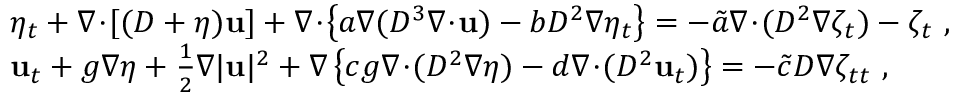
\begin{array} { r l } & { \eta _ { t } + \nabla \! \cdot \! [ ( D + \eta ) \mathbf { u } ] + \nabla \! \cdot \! \left\{ a \nabla ( D ^ { 3 } \nabla \! \cdot \! \mathbf { u } ) - b D ^ { 2 } \nabla \eta _ { t } \right\} = - \tilde { a } \nabla \! \cdot \! ( D ^ { 2 } \nabla \zeta _ { t } ) - \zeta _ { t } \ , } \\ & { \mathbf { u } _ { t } + g \nabla \eta + \frac { 1 } { 2 } \nabla | \mathbf { u } | ^ { 2 } + \nabla \left\{ c g \nabla \! \cdot \! ( D ^ { 2 } \nabla \eta ) - d \nabla \! \cdot \! ( D ^ { 2 } \mathbf { u } _ { t } ) \right\} = - \tilde { c } D \nabla \zeta _ { t t } \ , } \end{array}